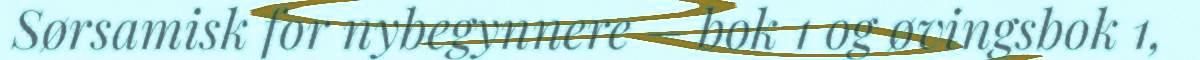
Sørsamisk for nybegynnere – bok 1 og øvingsbok 1,